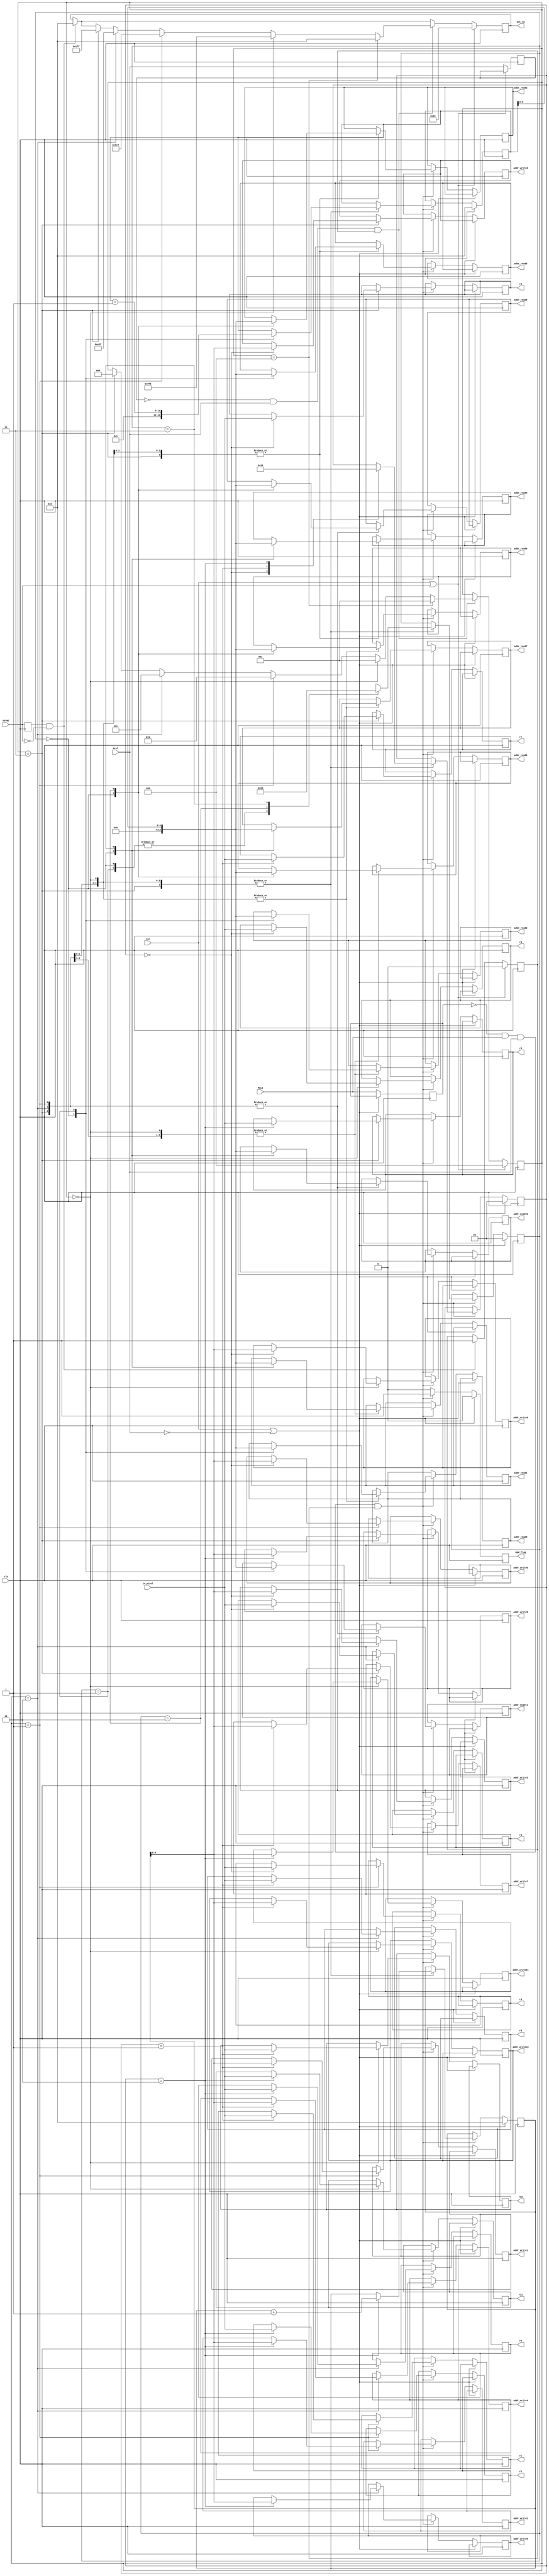
//----------------------------------------------------------------------------
//-- Control de escritura y lectura de las 12 RAMs 
//----------------------------------------------------------------------------
//-- September 2019. Written by Ivan Rios
//-- GPL license
//----------------------------------------------------------------------------
`default_nettype none

module control_RAM
         (
	input wire clk,rst,
	
	input wire [7:0] in_pixel,
	
	input wire PCLK,
	input wire Href,
	input wire VSYNC,
					 
	output wire [7:0] r0,r1,r2,
					  r3,r4,r5,
					  r6,r7,r8,
					  r9,r10,r11,
					  
	output wire[6:0] addr_write0,addr_write1,addr_write2,
					addr_write3,addr_write4,addr_write5,
					addr_write6,addr_write7,addr_write8,
					addr_write9,addr_write10,addr_write11,
					  
	output wire[6:0] addr_read0,addr_read1,addr_read2,
					addr_read3,addr_read4,addr_read5,
					addr_read6,addr_read7,addr_read8,
					addr_read9,addr_read10,addr_read11,  
	
	output wire [11:0] out_rw,
	output wire RAM_flag
					 
	);



reg [7:0] ru0=0 ,ru1=0 ,ru2=0 ,
		  ru3=0 ,ru4=0 ,ru5=0,
		  ru6=0 ,ru7=0 ,ru8=0 ,
		  ru9=0 ,ru10=0 ,ru11=0;
					  
reg[6:0] addru_write0=0 ,addru_write1=0 ,addru_write2=0 ,
		 addru_write3=0 ,addru_write4=0 ,addru_write5=0,
		 addru_write6=0 ,addru_write7=0 ,addru_write8=0 ,
		 addru_write9=0 ,addru_write10=0 ,addru_write11=0;
					  
reg[6:0] addru_read0=0 ,addru_read1=0 ,addru_read2=0 ,
		 addru_read3=0 ,addru_read4=0 ,addru_read5=0, 
		 addru_read6=0 ,addru_read7=0 ,addru_read8=0 ,
		 addru_read9=0 ,addru_read10=0 ,addru_read11=0; 

reg [11:0] addr=0; 
reg [11:0] addr_sobel=0; 

assign r0[7:0] = ru0[7:0];
assign r1[7:0] = ru1[7:0];
assign r2[7:0] = ru2[7:0];
assign r3[7:0] = ru3[7:0];
assign r4[7:0] = ru4[7:0];
assign r5[7:0] = ru5[7:0];
assign r6[7:0] = ru6[7:0];
assign r7[7:0] = ru7[7:0];
assign r8[7:0] = ru8[7:0];
assign r9[7:0] = ru9[7:0];
assign r10[7:0] = ru10[7:0];
assign r11[7:0] = ru11[7:0];

assign addr_write0 = addru_write0;
assign addr_write1 = addru_write1;
assign addr_write2 = addru_write2;
assign addr_write3 = addru_write3;
assign addr_write4 = addru_write4;
assign addr_write5 = addru_write5;
assign addr_write6 = addru_write6;
assign addr_write7 = addru_write7;
assign addr_write8 = addru_write8;
assign addr_write9 = addru_write9;
assign addr_write10 = addru_write10;
assign addr_write11 = addru_write11;

assign addr_read0 = addru_read0;
assign addr_read1 = addru_read1;
assign addr_read2 = addru_read2;
assign addr_read3 = addru_read3;
assign addr_read4 = addru_read4;
assign addr_read5 = addru_read5;
assign addr_read6 = addru_read6;
assign addr_read7 = addru_read7;
assign addr_read8 = addru_read8;
assign addr_read9 = addru_read9;
assign addr_read10 = addru_read10;
assign addr_read11 = addru_read11;

reg [11:0] outu_rw=0;
reg RAM_flag_reg=0;
	  
assign out_rw = outu_rw;
	  
assign RAM_flag = RAM_flag_reg;

reg PCLK_ant=0;
reg PCLK_ant2=0;
reg getting_img=0;
reg VSYNC_ant=0;
reg Href_ant=0;
		 
reg [1:0] state=0;
reg [1:0] state_sobel=0;

reg [2:0] fila=0;


localparam FIRST_STATE = 0;
localparam LEFT_STATE  = 1;
localparam CENTER_STATE= 2;
localparam RIGHT_STATE = 3;

// Proceso de seleccin qu memorias son de lectura o escritura
always @(posedge clk) begin

VSYNC_ant <= VSYNC;

  if(rst || VSYNC) begin
	outu_rw<=6'b010_101;
	fila<=4;
	getting_img<=0;
  end

  else begin
	Href_ant <= Href;
  
	if(VSYNC_ant && !VSYNC) begin
		outu_rw<=12'b000_000_000_000;
		getting_img<=1;	
	end
			
	if (!Href_ant && Href && getting_img) begin
	
		if(fila==4) begin
		outu_rw<=12'b000_000_000_000;
			fila<=1;
		end
		else if(fila==0) begin
			outu_rw<=12'b111_111_111_000;
			fila<=1;
		end  
		else if(fila==1) begin
			outu_rw<=12'b111_111_000_111;
			fila<=2;
		end
		else if(fila==2) begin
			outu_rw<=12'b111_000_111_111;
			fila<=3;
		end
		else if(fila==3) begin
			outu_rw<=12'b000_111_111_111;
			fila<=0;
		end
	end
  end
end //always    

//--------------------------------------- Secuencia Almacenar en RAM 
always @(posedge clk) begin

 if(rst ||!Href) begin
    RAM_flag_reg<=0;
	addr<=0;
	state<=0;
 end

 else begin
  PCLK_ant<=PCLK;
  RAM_flag_reg<=0;
 
 
  if (!PCLK_ant2 && PCLK && Href && getting_img) begin
 	RAM_flag_reg<=1;
	case (fila) 
	
		1: begin
		
		  case (state)
		  	0: begin
				ru0<= in_pixel;
				addru_write0<=addr;
				state<=1;
			end
			
		  	1: begin
				ru1<=in_pixel;
				addru_write1<=addr;
				state<=2;
			end
			
		  	2 : begin
				ru2<=in_pixel;
				addru_write2<=addr;
				addr<=addr+1;
				state<=0;
		  	end 
			
		  endcase
		end
		
		2: begin
		  case (state)
		  	0: begin
				ru3<= in_pixel;
				addru_write3<=addr;
				state<=1;
			end
			
		  	1: begin
				ru4<=in_pixel;
				addru_write4<=addr;
				state<=2;
			end
			
		  	2 : begin
				ru5<=in_pixel;
				addru_write5<=addr;
				addr<=addr+1;
				state<=0;
			end
		  endcase
		end 
		
		3: begin
		  case (state)
		  	0: begin
				ru6<= in_pixel;
				addru_write6<=addr;
				state<=1;
			end
			
		  	1: begin
				ru7<=in_pixel;
				addru_write7<=addr;
				state<=2;
			end
			
		  	2 : begin
				ru8<=in_pixel;
				addru_write8<=addr;
				addr<=addr+1;
				state<=0;
			end
		  endcase
		end 
		
		0: begin
		  case (state)
		  	0: begin
				ru9<= in_pixel;
				addru_write9<=addr;
				state<=1;
			end
			
		  	1: begin
				ru10<=in_pixel;
				addru_write10<=addr;
				state<=2;
			end
			
		  	2 : begin
				ru11<=in_pixel;
				addru_write11<=addr;
				addr<=addr+1;
				state<=0;
			end
		  endcase
		end 
	endcase
  	
  end //if (PCLK!=PCLK_ant && PCLK && Href)
  
 end // else begin
 
end // Always

//--------------------------------------- Secuencia Lectura de RAMs
always @(posedge clk) begin

 if(rst ||!Href) begin
	state_sobel<=0;
	addr_sobel<=0;
 end

 else begin
	PCLK_ant2<=PCLK;
 
  if (!PCLK_ant2 && PCLK && Href && getting_img) begin
	case (fila) 
	
      1: begin
		case (state_sobel)
				
		  FIRST_STATE: begin
    		state_sobel<=CENTER_STATE;
    		addr_sobel<=1;
    		addru_read3<=0;addru_read4<=0;addru_read5<=0;
    		addru_read6<=0;addru_read7<=0;addru_read8<=0;
    		addru_read9<=0;addru_read10<=0;addru_read11<=0;
    	  end
				
		  LEFT_STATE: begin
    		addr_sobel<=addr_sobel+1;
    		addru_read5<=addr_sobel;
    		addru_read8<=addr_sobel;
    		addru_read11<=addr_sobel;
    		state_sobel<=CENTER_STATE;
    	  end
				
		  CENTER_STATE: begin
    		state_sobel<=RIGHT_STATE;
    		addru_read3<=addr_sobel;
    		addru_read6<=addr_sobel;
    		addru_read9<=addr_sobel;
    	  end
				
		  RIGHT_STATE: begin
    		addru_read4<=addr_sobel;
    		addru_read7<=addr_sobel;
    		addru_read10<=addr_sobel;
    		state_sobel<=LEFT_STATE;
    	  end
			  
		endcase //state_sobel_0
      end // case 0
	
      2: begin
		case (state_sobel)
				
		  FIRST_STATE: begin
    		state_sobel<=CENTER_STATE;
    		addru_read0<=0;addru_read1<=0;addru_read2<=0;
    		addru_read6<=0;addru_read7<=0;addru_read8<=0;
    		addru_read9<=0;addru_read10<=0;addru_read11<=0;
    		addr_sobel<=1;
    	  end
				
		  LEFT_STATE: begin
    		addr_sobel<=addr_sobel+1;
    		state_sobel<=CENTER_STATE;
    		addru_read2<=addr_sobel;
    		addru_read8<=addr_sobel;
    		addru_read11<=addr_sobel;
    	  end
				
		  CENTER_STATE: begin
    		state_sobel<=RIGHT_STATE;
    		addru_read0<=addr_sobel;
    		addru_read6<=addr_sobel;
    		addru_read9<=addr_sobel;
    	  end
				
		  RIGHT_STATE: begin
    		state_sobel<=LEFT_STATE;
    		addru_read1<=addr_sobel;
    		addru_read7<=addr_sobel;
    		addru_read10<=addr_sobel;
    	  end
			  
		endcase //state_sobel_1
 	  end //case 1
	
      3: begin
		case (state_sobel)
				
		  FIRST_STATE: begin
    		state_sobel<=CENTER_STATE;
    		addru_read0<=0;addru_read1<=0;addru_read2<=0;
    		addru_read3<=0;addru_read4<=0;addru_read5<=0;
    		addru_read9<=0;addru_read10<=0;addru_read11<=0;
    		addr_sobel<=1;
    	  end
				
		  LEFT_STATE: begin
    		addr_sobel<=addr_sobel+1;
    		state_sobel<=CENTER_STATE;
    		addru_read2<=addr_sobel;
    		addru_read5<=addr_sobel;
    		addru_read11<=addr_sobel;
    	  end
				
		  CENTER_STATE: begin
    		state_sobel<=RIGHT_STATE;
    		addru_read0<=addr_sobel;
    		addru_read3<=addr_sobel;
    		addru_read9<=addr_sobel;
    	  end
				
		  RIGHT_STATE: begin
    		state_sobel<=LEFT_STATE;
    		addru_read1<=addr_sobel;
    		addru_read4<=addr_sobel;
    		addru_read10<=addr_sobel;
    	  end
			  
		endcase //state_sobel_2
 	  end //case 2
	
      0: begin
		case (state_sobel)
				
		  FIRST_STATE: begin
    		state_sobel<=CENTER_STATE;
    		addru_read0<=0;addru_read1<=0;addru_read2<=0;
    		addru_read3<=0;addru_read4<=0;addru_read5<=0;
    		addru_read6<=0;addru_read7<=0;addru_read8<=0;
    		addr_sobel<=1;
    	  end
				
		  LEFT_STATE: begin
    		addr_sobel<=addr_sobel+1;
    		addru_read2<=addr_sobel;
    		addru_read5<=addr_sobel;
    		addru_read8<=addr_sobel;
    		state_sobel<=CENTER_STATE;
    	  end
				
		  CENTER_STATE: begin
    		state_sobel<=RIGHT_STATE;
    		addru_read0<=addr_sobel;
    		addru_read3<=addr_sobel;
    		addru_read6<=addr_sobel;
    	  end
				
		  RIGHT_STATE: begin
    		state_sobel<=LEFT_STATE;
    		addru_read1<=addr_sobel;
    		addru_read4<=addr_sobel;
    		addru_read7<=addr_sobel;
    	  end
			  
		endcase //state_sobel_2
 	  end // case 3
	endcase
  	
  end //if (PCLK!=PCLK_ant && PCLK && Href)
  
 end // else begin
 
end // Always

endmodule